Burma Government Medical School reports 1907-22
Year: 1907
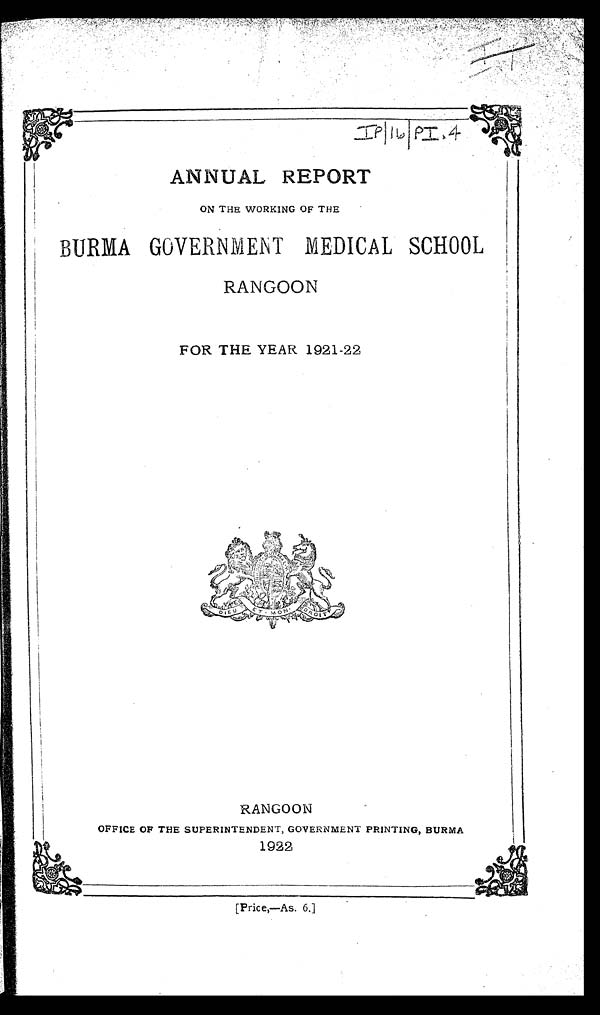
IP/16/PI.4 IP
ANNN UAL REPORT
ON THE WORKING OF THE
B URMA GOVERNMENT MEDICAL SCHOOL
RANGOON
FOR THE YEAR 1921-22
RANGOON
OFFICE OF THE SUPERINTENDENT, GOVERNMENT PRINTING, BURMA
19
22
[Price,—As. 6.]